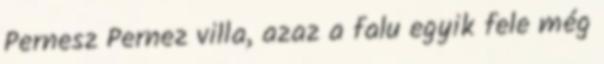
Pernesz Pernez villa, azaz a falu egyik fele még